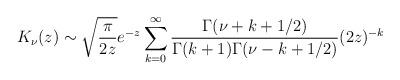
LaTeX: \begin{align*}K_\nu(z)\sim\sqrt{\frac{\pi}{2z}}e^{-z}\sum_{k=0}^{\infty}\frac{\Gamma(\nu+k+1/2)}{\Gamma(k+1)\Gamma(\nu-k+1/2)}(2z)^{-k} \end{align*}